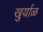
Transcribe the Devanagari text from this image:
खुर्याळ